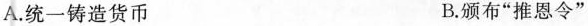
A.统一铸造货币 B.颁布”推恩令”